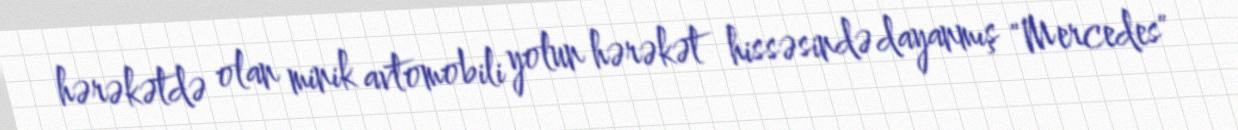
hərəkətdə olan minik avtomobili yolun hərəkət hissəsində dayanmış "Mercedes"